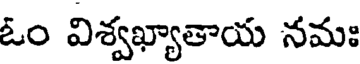
ఓం విశ్వఖ్యాతాయ నమః